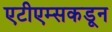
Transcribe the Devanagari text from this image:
एटीएम्सकडून